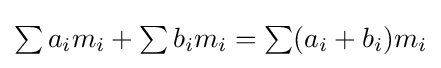
{\textstyle \sum a_{i}m_{i}+\sum b_{i}m_{i}=\sum (a_{i}+b_{i})m_{i}}